Annual report of the Imperial Bacteriologist
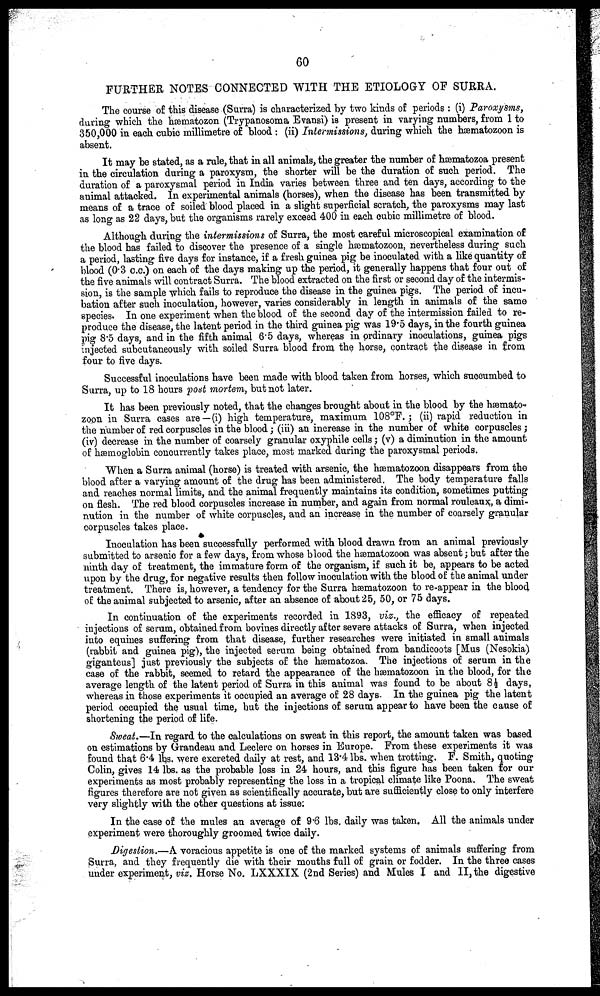
60
FURTHER NOTES CONNECTED WITH THE ETIOLOGY OF SURRA.
The course of this disease (Surra) is characterized by two kinds of periods : (i) Paroxysms,
during which the hæmatozon (Trypanosoma Evansi) is present in varying numbers, from 1 to
350,000 in each cubic millimetre of blood: (ii) Intermissions, during which the hæmatozoon is
absent.
It may be stated, as a rule, that in all animals, the greater the number of hæmatozoa present
in the circulation during a paroxysm, the shorter will be the duration of such period. The
duration of a paroxysmal period in India varies between three and ten days, according to the
animal attacked. In experimental animals (horses), when the disease has been transmitted by
means of a trace of soiled blood placed in a slight superficial scratch, the paroxysms may last
as long as 22 days, but the organisms rarely exceed 400 in each cubic millimetre of blood.
Although during the intermissions of Surra, the most careful microscopical examination of
the blood has failed to discover the presence of a single hæmatozoon, nevertheless during such
a period, lasting five days for instance, if a fresh guinea pig be inoculated with a like quantity of
blood (0 . 3 c.c.) on each of the days making up the period, it generally happens that four out of
the five animals will contract Surra. The blood extracted on the first or second day of the intermis-
sion, is the sample -which fails to reproduce the disease in the guinea pigs. The period of incu-
bation after such inoculation, however, varies considerably in length in animals of the same
species. In one experiment when the blood of the second day of the intermission failed to re-
produce the disease, the latent period in the third guinea pig was 19.5 days, in the fourth guinea
pig 8.5 days, and in the fifth animal 6.5 days, whereas in ordinary inoculations, guinea pigs
injected subcutaneously with soiled Surra blood from the horse, contract the disease in from
four to five days.
Successful inoculations have been made with blood taken from horses, which succumbed to
Surra, up to 18 hours post mortem, but not later.
It has been previously noted, that the changes brought about in the blood by the hæmato-
zopn in Surra cases are—(i) high temperature, maximum 108°F.; (ii) rapid reduction in
the number of red corpuscles in the blood; (iii) an increase in the number of white corpuscles;
(iv) decrease in the number of coarsely granular oxyphile cells; (v) a diminution in the amount
of hæmoglobin concurrently takes place, most marked during the paroxysmal periods.
When a Surra animal (horse) is treated with arsenic, the hæmatozoon disappears from the
blood after a varying amount of the drug has been administered. The body temperature falls
and reaches normal limits, and the animal frequently maintains its condition, sometimes putting
on flesh. The red blood corpuscles increase in number, and again from normal rouleaux, a dimi-
nution in the number of white corpuscles, and an increase in the number of coarsely granular
corpuscles takes place.
Inoculation has been successfully performed with blood drawn from an animal previously
submitted to arsenic for a few days, from whose blood the hæmatozoon was absent; but after the
ninth day of treatment, the immature form of the organism, if such it be, appears to be acted
upon by the drug, for negative results then follow inoculation with the blood of the animal under
treatment. There is, however, a tendency for the Surra hæmatozoon to re-appear in the blood
of the animal subjected to arsenic, after an absence of about 25, 50, or 75 days.
In continuation of the experiments recorded in 1893, viz., the efficacy of repeated
injections of serum, obtained from bovines directly after severe attacks of Surra, when injected
into equines suffering from that disease, further researches were initiated in small animals
(rabbit and guinea pig), the injected serum being obtained from bandicoots [Mus (Nesokia)
giganteus] just previously the subjects of the hæmatozoa. The injections of serum in the
case of the rabbit, seemed to retard the appearance of the hæmatozoon in the blood, for the
average length of the latent period of Surra in this animal was found to be about 8½ days,
whereas in those experiments it occupied an average of 28 days. In the guinea pig the latent
period occupied the usual time, but the injections of serum appear to have been the cause of
shortening the period of life.
Sweat.—In regard to the calculations on sweat in this report, the amount taken was based
on estimations by Grandeau and Leclerc on horses in Europe. From these experiments it was
found that 6.4 lbs. were excreted daily at rest, and 13.4 lbs. when trotting. F. Smith, quoting
Colin, gives 14 lbs. as the probable loss in 24 hours, and this figure has been taken for our
experiments as most probably representing the loss in a tropical climate like Poona. The sweat
figures therefore are not given as scientifically accurate, but are sufficiently close to only interfere
very slightly with the other questions at issue:
In the case of the mules an average of 9.6 lbs. daily was taken. All the animals under
experiment were thoroughly groomed twice daily.
Digestion.—A voracious appetite is one of the marked systems of animals suffering from
Surra, and they frequently die with their mouths full of grain or fodder. In the three cases
under experiment, viz. Horse No. LXXXIX (2nd Series) and Mules I and II, the digestive